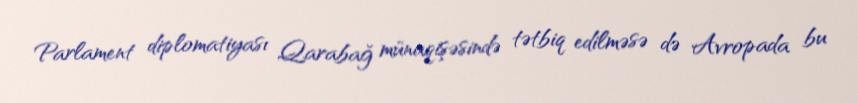
Parlament diplomatiyası Qarabağ münaqişəsində tətbiq edilməsə də Avropada bu